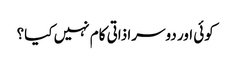
کوئی اور دوسرا ذاتی کام نہیں کیا؟